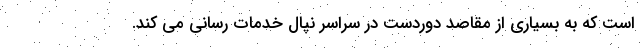
است که به بسیاری از مقاصد دوردست در سراسر نپال خدمات رسانی می کند.